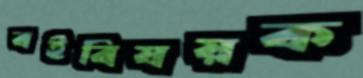
বইবিষয়ক